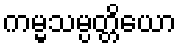
ကမ္မသမ္ပတ္တိယော